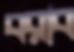
বরাব